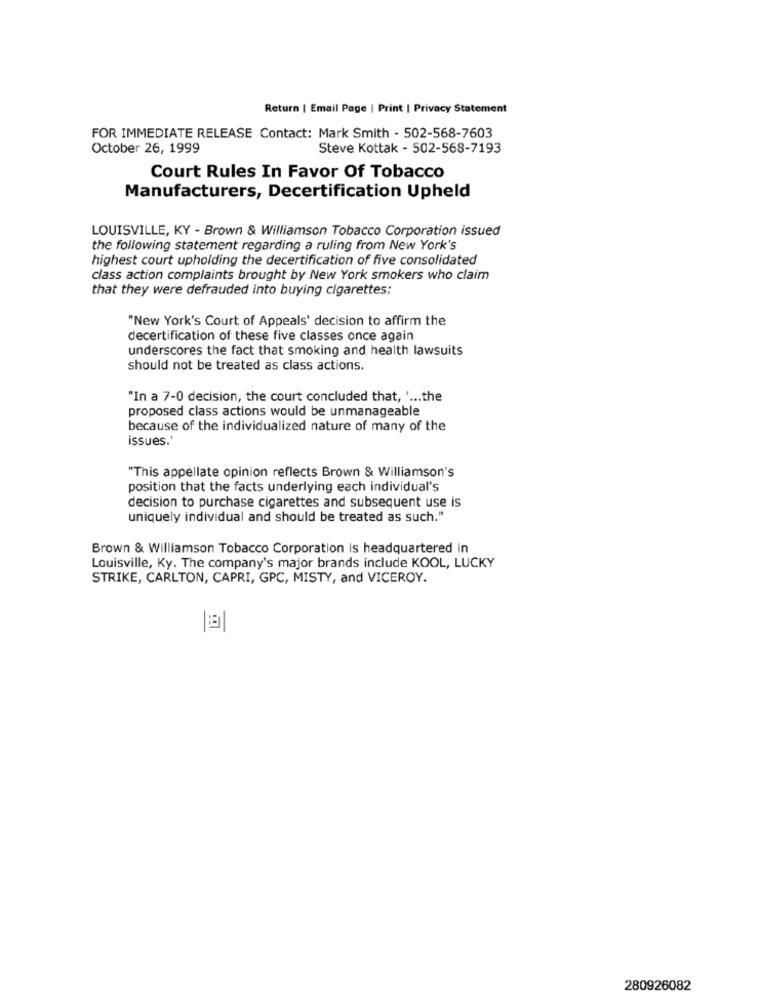
Return | Email Page | Print | Privacy Statement
FOR IMMEDIATE RELEASE Contact: Mark Smith - 502-568-7603
October 26, 1999
Steve Kottak - 502-568-7193
Court Rules In Favor Of Tobacco
Manufacturers, Decertification Upheld
LOUISVILLE, KY - Brown & Williamson Tobacco Corporation issued
the following statement regarding a ruling from New York's
highest court upholding the decertification of five consolidated
class action complaints brought by New York smokers who claim
that they were defrauded into buying cigarettes:
"New York's Court of Appeals' decision to affirm the
decertification of these five classes once again
underscores the fact that smoking and health lawsuits
should not be treated as class actions.
"In a 7-0 decision, the court concluded that, .... the
proposed class actions would be unmanageable
because of the individualized nature of many of the
issues .*
"This appellate opinion reflects Brown & Williamson's
position that the facts underlying each individual's
decision to purchase cigarettes and subsequent use is
uniquely individual and should be treated as such."
Brown & Williamson Tobacco Corporation is headquartered in
Louisville, Ky. The company's major brands include KOOL, LUCKY
STRIKE, CARLTON, CAPRI, GPC, MISTY, and VICEROY.
280926082